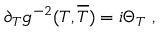
\partial _ { T } g ^ { - 2 } ( T , \overline { { { T } } } ) = i \Theta _ { T } \ ,